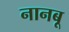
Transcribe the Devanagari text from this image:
नानबू